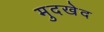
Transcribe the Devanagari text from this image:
मुदखेद